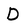
Character: D